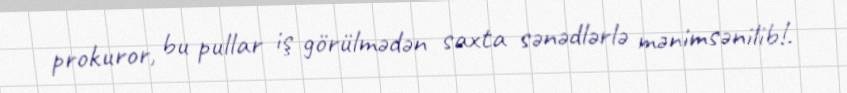
prokuror, bu pullar iş görülmədən saxta sənədlərlə mənimsənilib!.